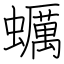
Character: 蠣